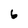
Character: 6